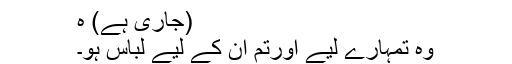
(جاری ہے) ہ
وہ تمہارے لیے اورتم ان کے لیے لباس ہو۔